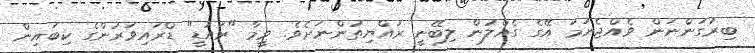
ބިރުގަންނަން ވެއްޖެނަމަ އޭގެ ގެއްލުން ލިބޭނީ ރައްޔިތުންނަށެވެ. ވީމާ "ރައުޑީ" ޑްރައިވަރުންގެ ކިބައިން